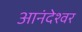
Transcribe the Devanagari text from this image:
आनंदेश्वर